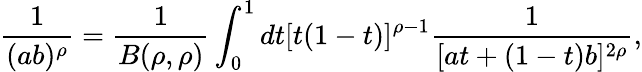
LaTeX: \frac{1}{(ab)^{\rho}}=\frac{1}{B(\rho,\rho)}\int_{0}^{1}dt[t(1-t)]^{\rho-1}\frac{1}{[at+(1-t)b]^{2\rho}},